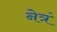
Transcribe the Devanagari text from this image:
नेत्रं